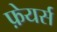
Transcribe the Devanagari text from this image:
फ़ेयर्स